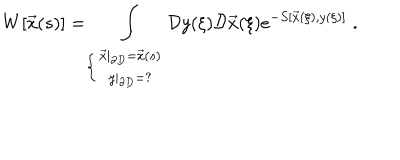
LaTeX: W [ \vec { x } ( s ) ] = \int _ { \left\{ \begin{array} { c } { { \vec { x } | _ { \partial D } = \vec { x } ( s ) } } \\ { { y | _ { \partial D } = ? } } \\ \end{array} \right. } \mathcal { D } y ( \xi ) \mathcal { D } \vec { x } ( \xi ) e ^ { - S [ \vec { x } ( \xi ) , y ( \xi ) ] } \; .